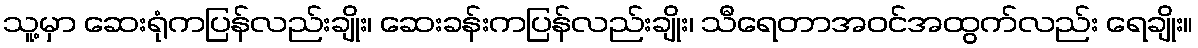
သူ့မှာ ဆေးရုံကပြန်လည်းချိုး၊ ဆေးခန်းကပြန်လည်းချိုး၊ သီရေတာအဝင်အထွက်လည်း ရေချိုး။